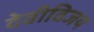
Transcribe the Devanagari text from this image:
देवीविजय